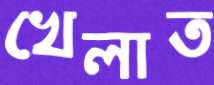
খেলাত